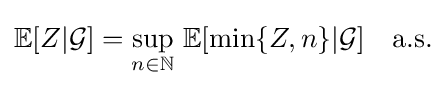
\mathbb {E} [Z|{\mathcal {G}}]=\sup _{n\in \mathbb {N} }\,\mathbb {E} [\min\{Z,n\}|{\mathcal {G}}]\quad {\text{a.s.}}